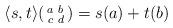
LaTeX: \begin{align*}\langle s,t \rangle (\begin{smallmatrix}a&b\\c&d\end{smallmatrix})=s(a)+t(b)\end{align*}